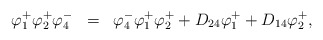
\begin{align*}\begin{array}{rcl}\varphi_1^+\varphi_2^+\varphi_4^-&=&\varphi_4^-\varphi_1^+\varphi_2^++D_{24}\varphi_1^++D_{14}\varphi_2^+,\end{array}\end{align*}